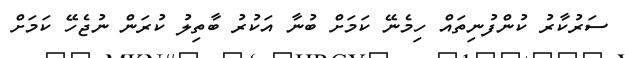
ސަރުކާރު ކުންފުނިތައް ހިމެނޭ ކަމަށް ބުނާ އަކުރު ބާތިލު ކުރަން ނުޖެހޭ ކަމަށް